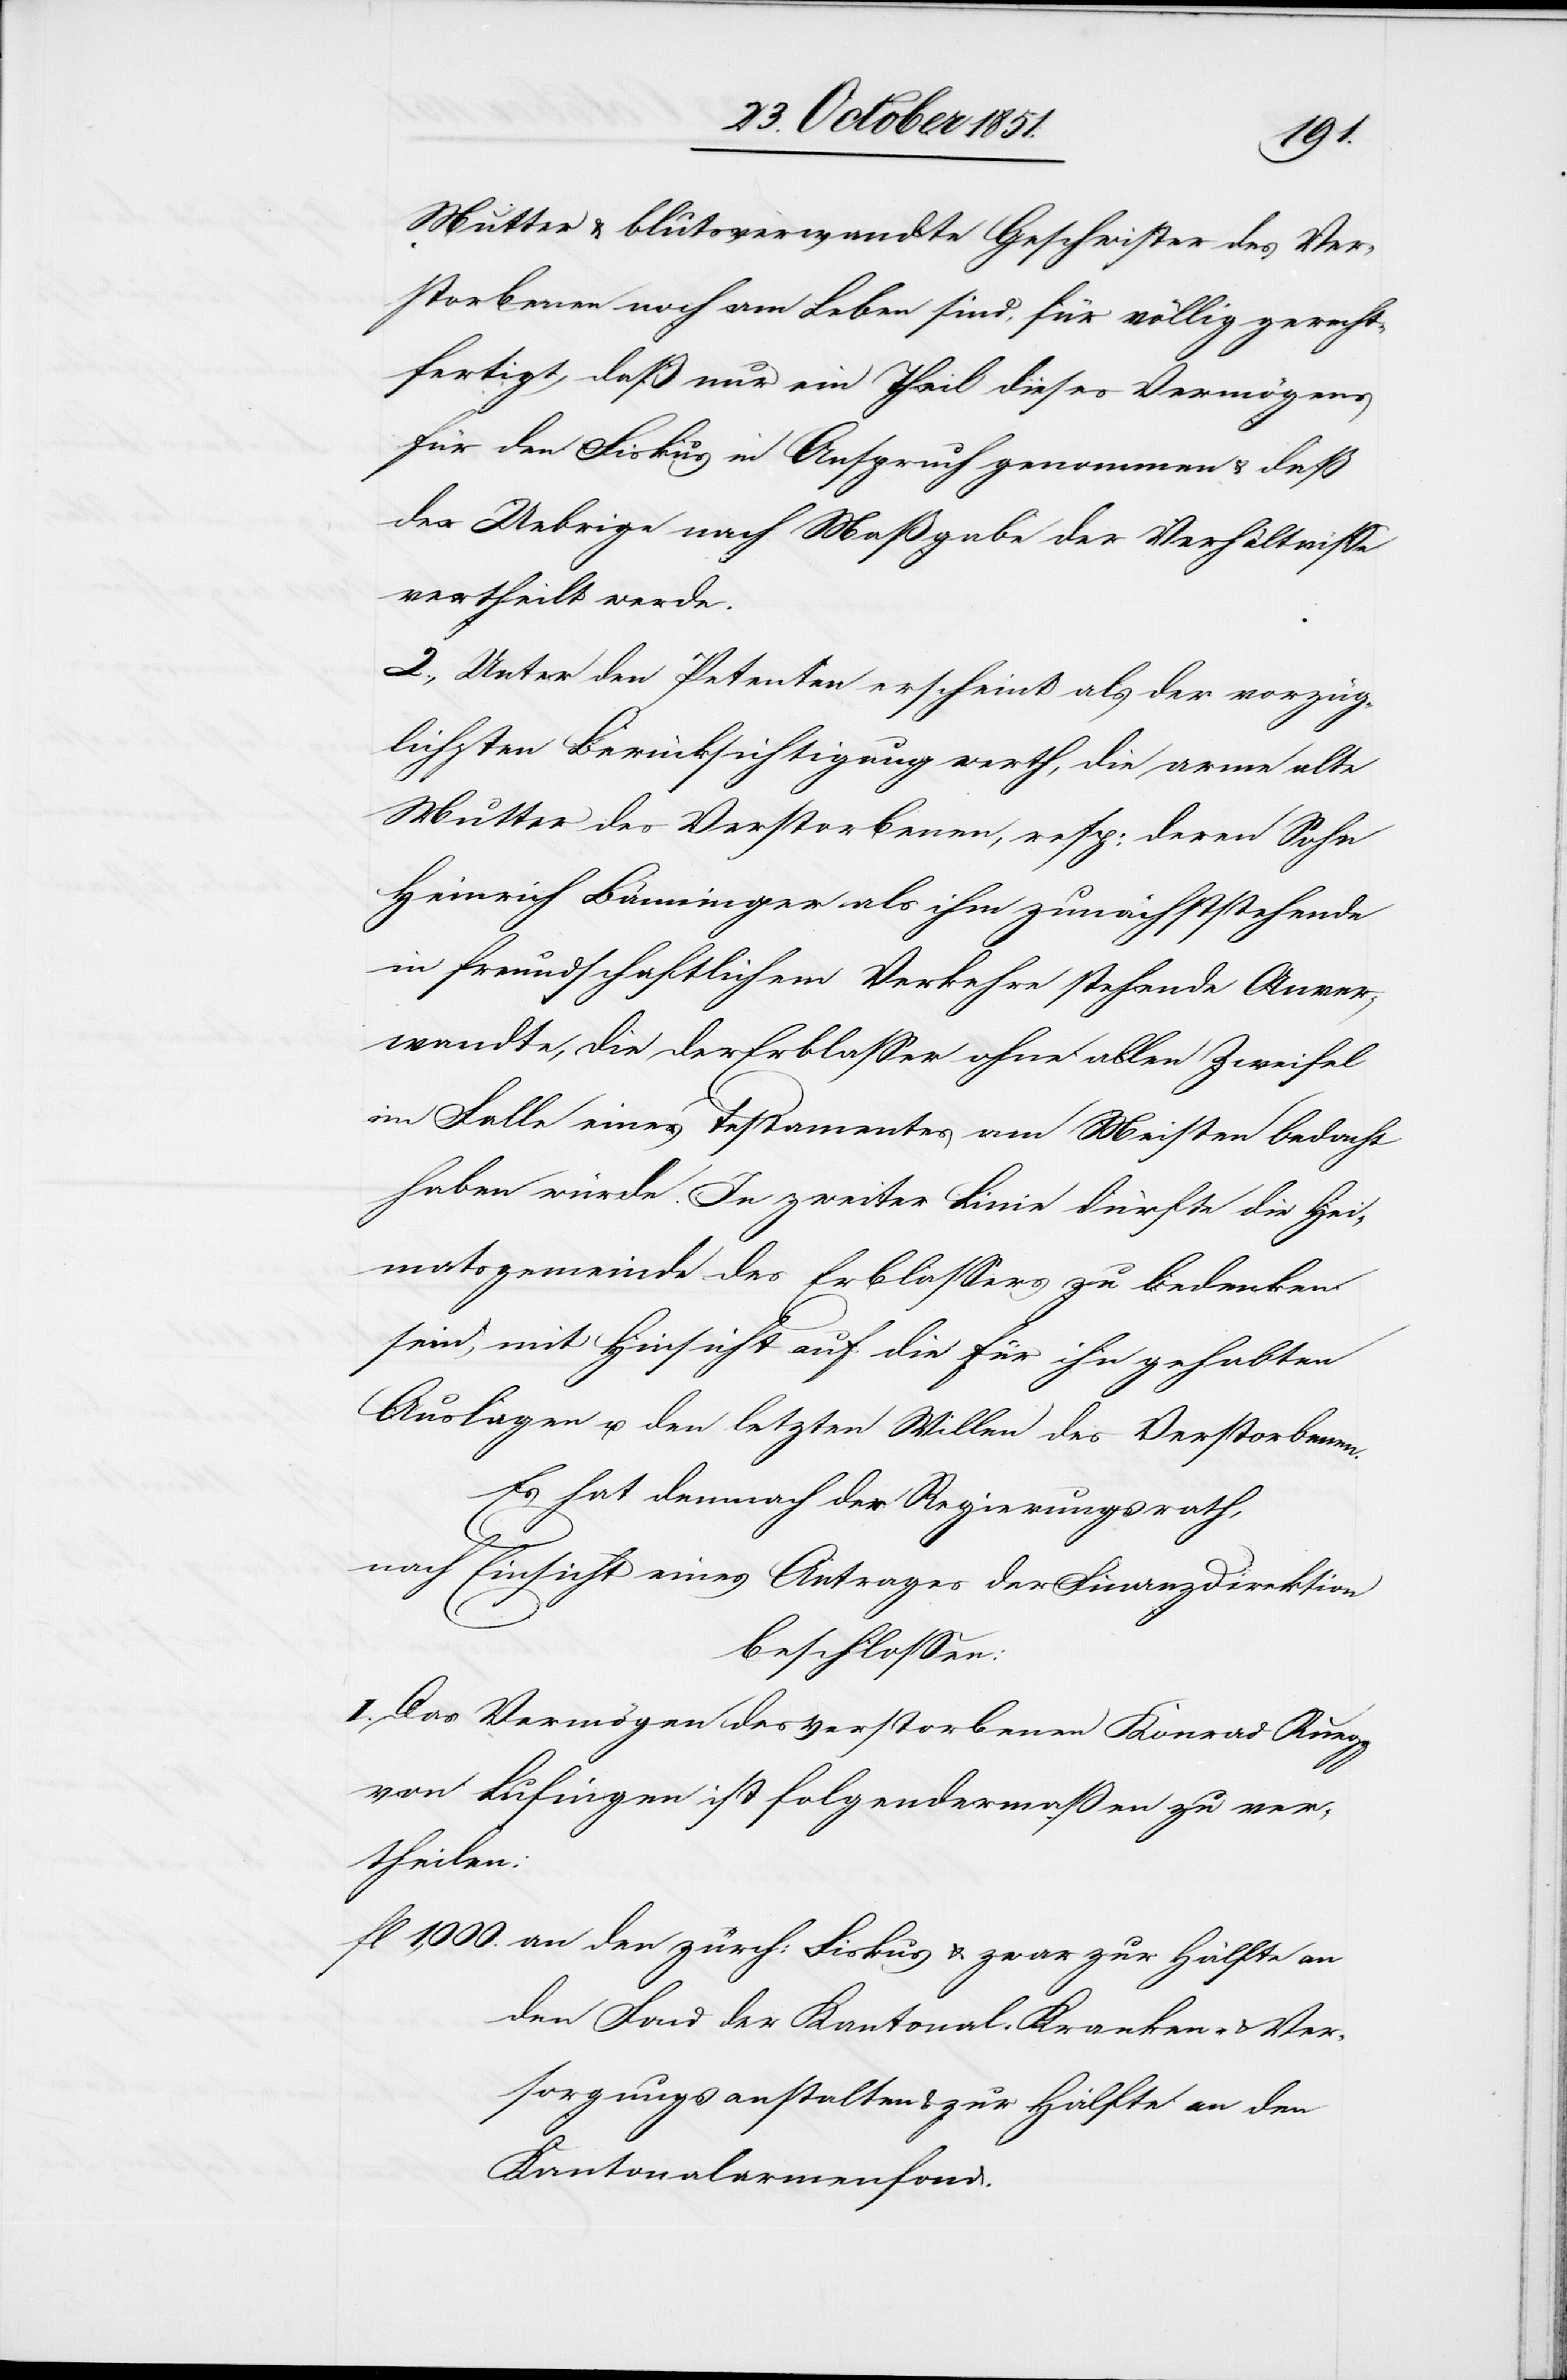
Mutter & blutsverwandte Geschwister des Ver¬
storbenen noch am Leben sind, für völlig gerecht¬
fertigt, daß nur ein Theil dieses Vermögens
für den Fiskus in Anspruch genommen & daß
der Uebrige nach Maßgabe der Verhältnisse
vertheilt werde.
2., Unter den Petenten erscheint als der vorzüg¬
lichsten Berücksichtigung werth, die arme alte
Mutter des Verstorbenen, resp: deren Sohn
Heinrich Bänninger als ihm zunächststehende
in freundschaftlichem Verkehre stehende Anver¬
wandte, die der Erblasser ohne allen Zweifel
im Falle eines Testamentes am Meisten bedacht
haben würde. In zweiter Linie dürfte die Hei¬
matsgemeinde des Erblassers zu bedenken
sein, mit Hinsicht auf die für ihn gehabten
Auslagen u. den letzten Willen des Verstorbenen.
Es hat demnach der Regierungsrath,
nach Einsicht eines Antrages der Finanzdirektion
beschlossen:
I. Das Vermögen des verstorbenen Konrad Ruegg
von Lufingen ist folgendermaßen zu ver¬
theilen:
an den zürch: Fiskus & zwar zur Hälfte an
den Fond der Kantonal-Kranken- & Ver¬
sorgungsanstalten & zur Hälfte an den
Kantonalarmenfond.